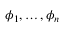
\phi _ { 1 } , \ldots , \phi _ { n }